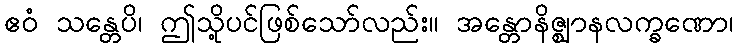
ဧဝံ သန္တေပိ၊ ဤသို့ပင်ဖြစ်သော်လည်း။ အန္တောနိဇ္ဈာနလက္ခဏော၊